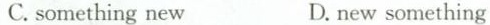
C. something new D. new something